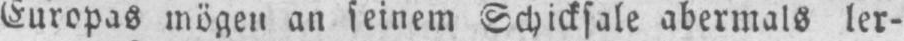
Europas mögen an seinem Schicksale abermals ler-